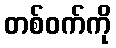
တစ်ဝက်ကို